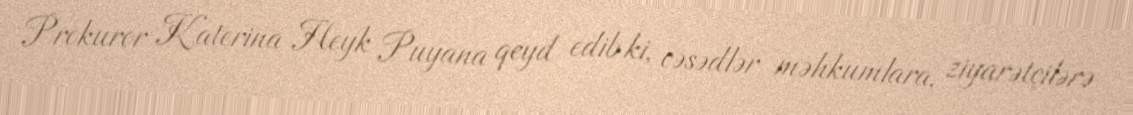
Prokuror Katerina Heyk Puyana qeyd edib ki, cəsədlər məhkumlara, ziyarətçilərə